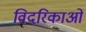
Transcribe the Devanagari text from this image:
विदरिकाओं